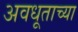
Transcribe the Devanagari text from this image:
अवधूताच्या